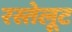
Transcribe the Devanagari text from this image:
रस्तेलूट